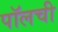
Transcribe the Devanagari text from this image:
पॉलची